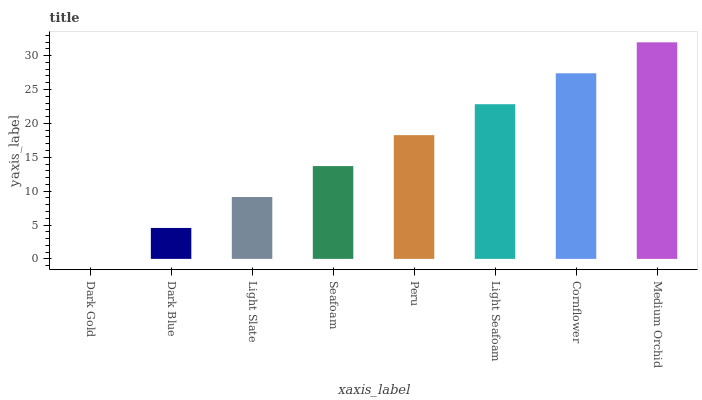
| xaxis_label | bars |
 | --- | --- |
 | Dark Gold | 0 |
 | Dark Blue | 4.57 |
 | Light Slate | 9.13 |
 | Seafoam | 13.7 |
 | Peru | 18.3 |
 | Light Seafoam | 22.8 |
 | Cornflower | 27.4 |
 | Medium Orchid | 32 |